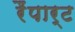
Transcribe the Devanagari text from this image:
रैंपार्ट